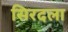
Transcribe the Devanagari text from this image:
सिरदला